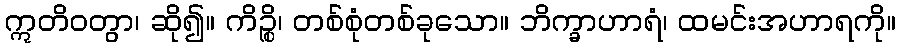
ဣတိဝတွာ၊ ဆို၍။ ကိဉ္စိ၊ တစ်စုံတစ်ခုသော။ ဘိက္ခာဟာရံ၊ ထမင်းအဟာရကို။